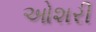
ઓશરી